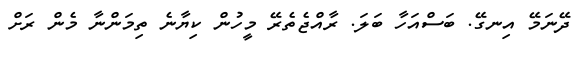
ދޭނަމޭ އިނގޭ. ބަސްއަހާ ބަލަ. ރާއްޖެތެރޭ މީހުން ކިޔާނެ ތިމަންނާ މެން ރަށް